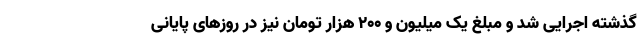
گذشته اجرایی شد و مبلغ یک میلیون و ۲۰۰ هزار تومان نیز در روزهای پایانی